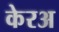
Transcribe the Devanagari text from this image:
केरअ